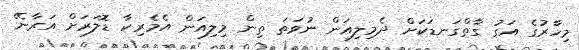
މިހާރުގެ އަގު ގާތްގަނޑަކަށް ދެމިލިއަން ނުވަތަ ތިން މިލިއަން އެމެރިކާ ޑޮލަރަށް އަރާނޭ